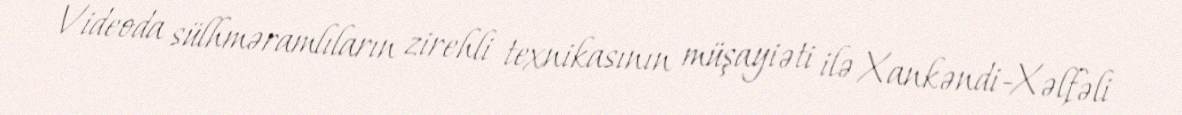
Videoda sülhməramlıların zirehli texnikasının müşayiəti ilə Xankəndi-Xəlfəli